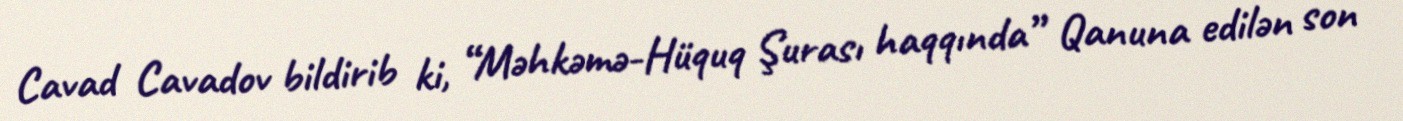
Cavad Cavadov bildirib ki, “Məhkəmə-Hüquq Şurası haqqında” Qanuna edilən son